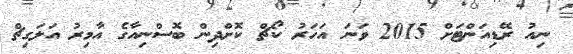
ނިއު ރޭޑިއަންޓަށް 2015 ވަނަ އަހަރު ކޯޗް ކޮށްދިން ބޮސްނިއާގެ އާމިރު އަލަގިޗް